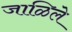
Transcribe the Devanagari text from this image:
जाळिले